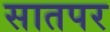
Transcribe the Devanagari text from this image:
सातपर